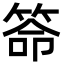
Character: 𥮡